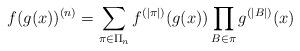
LaTeX: \begin{align*} f(g(x))^{(n)} = \sum_{\pi\in\Pi_n}f^{(|\pi|)}(g(x)) \prod_{B\in\pi} g^{(|B|)}(x) \end{align*}